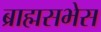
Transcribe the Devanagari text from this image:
ब्राह्मसभेस